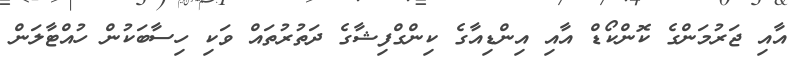
އާއި ޖަރުމަންގެ ކޮންކޯޑް އާއި އިންޑިއާގެ ކިންގްފިޝާގެ ދަތުރުތައް ވަކި ހިސާބަކުން ހުއްޓާލަން